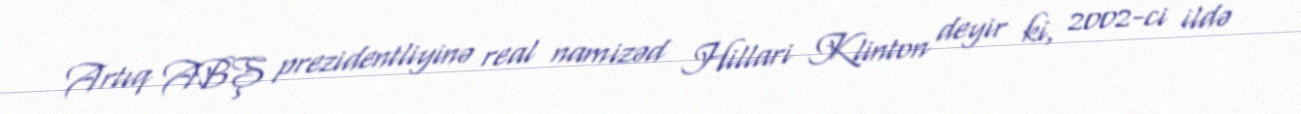
Artıq ABŞ prezidentliyinə real namizəd Hillari Klinton deyir ki, 2002-ci ildə